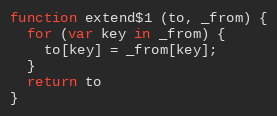
Language: JavaScript
function extend$1 (to, _from) {
  for (var key in _from) {
    to[key] = _from[key];
  }
  return to
}